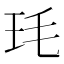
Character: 𭸶